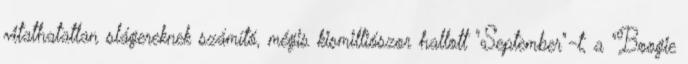
vitathatatlan slágereknek számító, mégis kismilliószor hallott "September"-t, a "Boogie